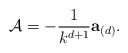
\begin{align*}{\cal A} = -{1 \over k^{d+1}}{\bf a}_{(d)} .\end{align*}